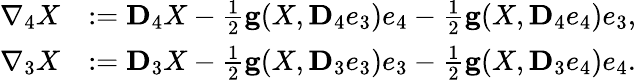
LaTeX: \begin{array}{rl}{\nabla_{4}X}&{:={\mathbf D}_{4}X-\frac{1}{2}{\mathbf g}(X,{\mathbf D}_{4}e_{3})e_{4}-\frac{1}{2}{\mathbf g}(X,{\mathbf D}_{4}e_{4})e_{3},}\\ {\nabla_{3}X}&{:={\mathbf D}_{3}X-\frac{1}{2}{\mathbf g}(X,{\mathbf D}_{3}e_{3})e_{3}-\frac{1}{2}{\mathbf g}(X,{\mathbf D}_{3}e_{4})e_{4}.}\end{array}